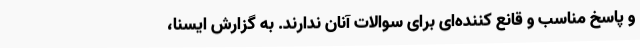
و پاسخ مناسب و قانع کننده‌ای برای سوالات آنان ندارند. به گزارش ایسنا،